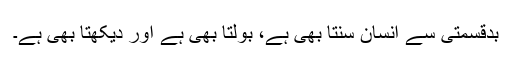
بدقسمتی سے انسان سنتا بھی ہے، بولتا بھی ہے اور دیکھتا بھی ہے۔